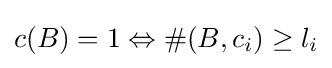
c(B)=1\Leftrightarrow \#(B,c_{i})\geq l_{i}